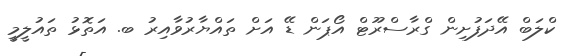
ކްލަބް އޭދަފުށިން ގްރާސްރޫޓް އޯޕަން ޑޭ އަށް ތައްޔާރުވާއިރު ބ. އަތޮޅު ތައުލީމީ